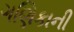
ગણિકાની